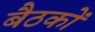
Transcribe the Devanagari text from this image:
बैठकाें